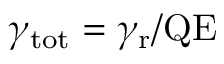
\gamma _ { \mathrm { t o t } } = \gamma _ { \mathrm { r } } / \mathrm { Q E }